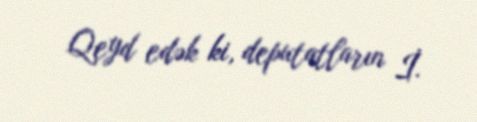
Qeyd edək ki, deputatların İ.